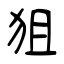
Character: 狙